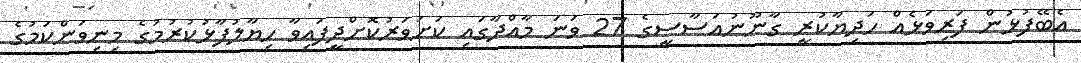
އެބޭފުޅުން ފަރިވަޅެއް ހަދިޔާކުރީ ގާނޫނުއަސާސީގެ 27 ވަނަ މާއްދާގައި ކަށަވަރުކޮށްދީފައިވާ ހިޔާލުފާޅުކުރުމުގެ މިނިވަންކަމުގެ